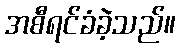
အစီရင်ခံခဲ့သည်။